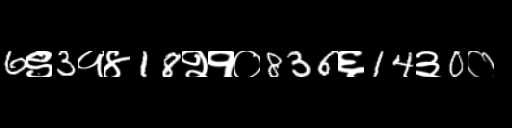
Text: 6९3१४18२१०836६14३0०